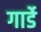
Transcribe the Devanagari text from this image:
गार्डे